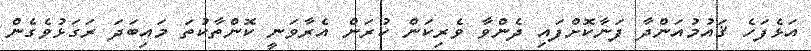
އަޅެފަހެ ޤައުމުއަންދާ ފަނާކޮށްފައި ދެންވާ ވެރިކަން ކުރަން އެރާވަނީ ކޮންތާކުތަ މައިބަދަ ރަގަޅުވެގެން